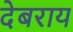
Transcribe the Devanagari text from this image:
देबराय